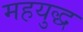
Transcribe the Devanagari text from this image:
महयुद्ध